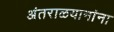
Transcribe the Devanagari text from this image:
अंतराळयानांना